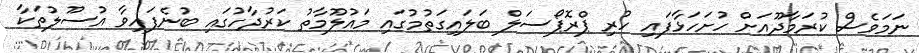
ނަމަވެސް ކުރަމާދޫއަށް ހުށަހަޅާފައި ހުރި ޕްރޮޕޯސަލް ބަލައިގަތުމުގައި މައުލޫމާތު ކަރުދާހުގައި ބުނެފައިވާ އުސޫލުތަކާ